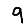
Digit: 9